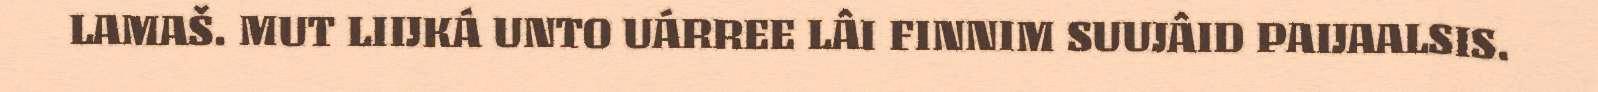
LAMAŠ. MUT LIIJKÁ UNTO UÁRREE LÂI FINNIM SUUJÂID PAIJAALSIS.